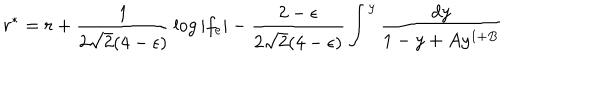
r ^ { * } = r + { \frac { 1 } { 2 \sqrt 2 ( 4 - \epsilon ) } } \log | f _ { e } | - { \frac { 2 - \epsilon } { 2 \sqrt 2 ( 4 - \epsilon ) } } \int ^ { y } { \frac { d y } { 1 - y + A y ^ { 1 + B } } }